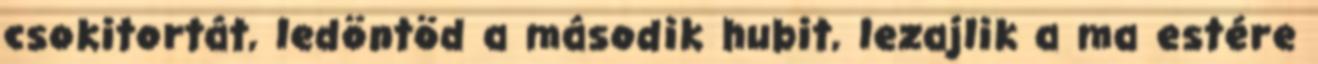
csokitortát, ledöntöd a második hubit, lezajlik a ma estére